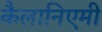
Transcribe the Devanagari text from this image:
कैलानिएमी